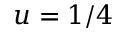
u = 1 / 4